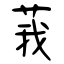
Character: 莪